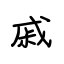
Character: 戚